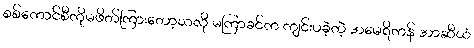
စစ်ကောင်စီကိုမဖိတ်ကြားတော့သလို မကြာခင်က ကျင်းပခဲ့တဲ့ အမေရိကန် အာဆီယံ